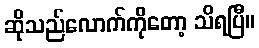
ဆိုသည်လောက်ကိုတော့ သိရပြီ။